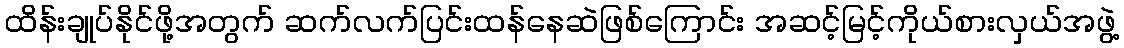
ထိန်းချုပ်နိုင်ဖို့အတွက် ဆက်လက်ပြင်းထန်နေဆဲဖြစ်ကြောင်း အဆင့်မြင့်ကိုယ်စားလှယ်အဖွဲ့